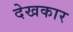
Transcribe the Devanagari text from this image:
देखकार